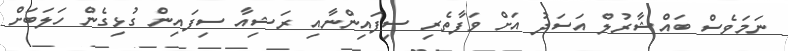
ނަމަވެސް ބައްޝާރުލް އަސަދު އަށް ވަފާތެރި ސިފައިންނާއި ރަޝިއާ ސިފައިން ގުޅިގެން ހަލަބަށް